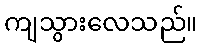
ကျသွားလေသည်။